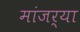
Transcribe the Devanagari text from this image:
मांजर्‍या